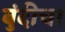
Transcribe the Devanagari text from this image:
बुंदीचा